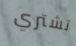
تشتري